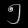
Digit: ၅